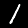
Label: 1